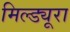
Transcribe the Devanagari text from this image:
मिल्ड्यूरा